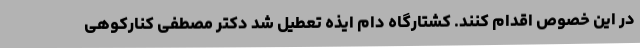
در این خصوص اقدام کنند. کشتارگاه دام ایذه تعطیل شد دکتر مصطفی کنارکوهی